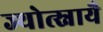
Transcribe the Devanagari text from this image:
ज्योत्स्नायै